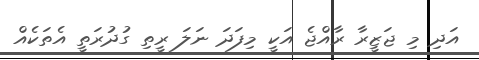
އަދި މި ޖަޒީރާ ރާއްޖެ އަކީ މިފަދަ ނަލަ ރީތި ގުދުރަތީ އެތަކެއް